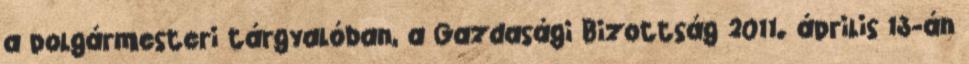
a polgármesteri tárgyalóban, a Gazdasági Bizottság 2011. április 13-án